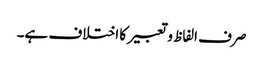
صرف الفاظ و تعبیر کا اختلاف ہے۔